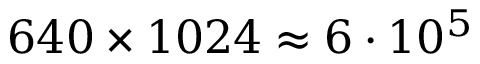
6 4 0 \times 1 0 2 4 \approx 6 \cdot 1 0 ^ { 5 }